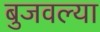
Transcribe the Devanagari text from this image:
बुजवल्या